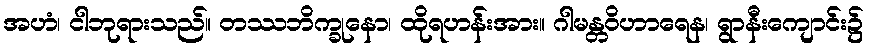
အဟံ၊ ငါဘုရားသည်။ တဿဘိက္ခုနော၊ ထိုရဟန်းအား။ ဂါမန္တဝိဟာရေန၊ ရွာနီးကျောင်း၌